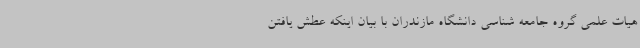
هیات علمی گروه جامعه شناسی دانشگاه مازندران با بیان اینکه عطش یافتن